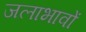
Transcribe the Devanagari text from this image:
जलाभावों